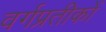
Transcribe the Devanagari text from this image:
वर्गप्रतीकों